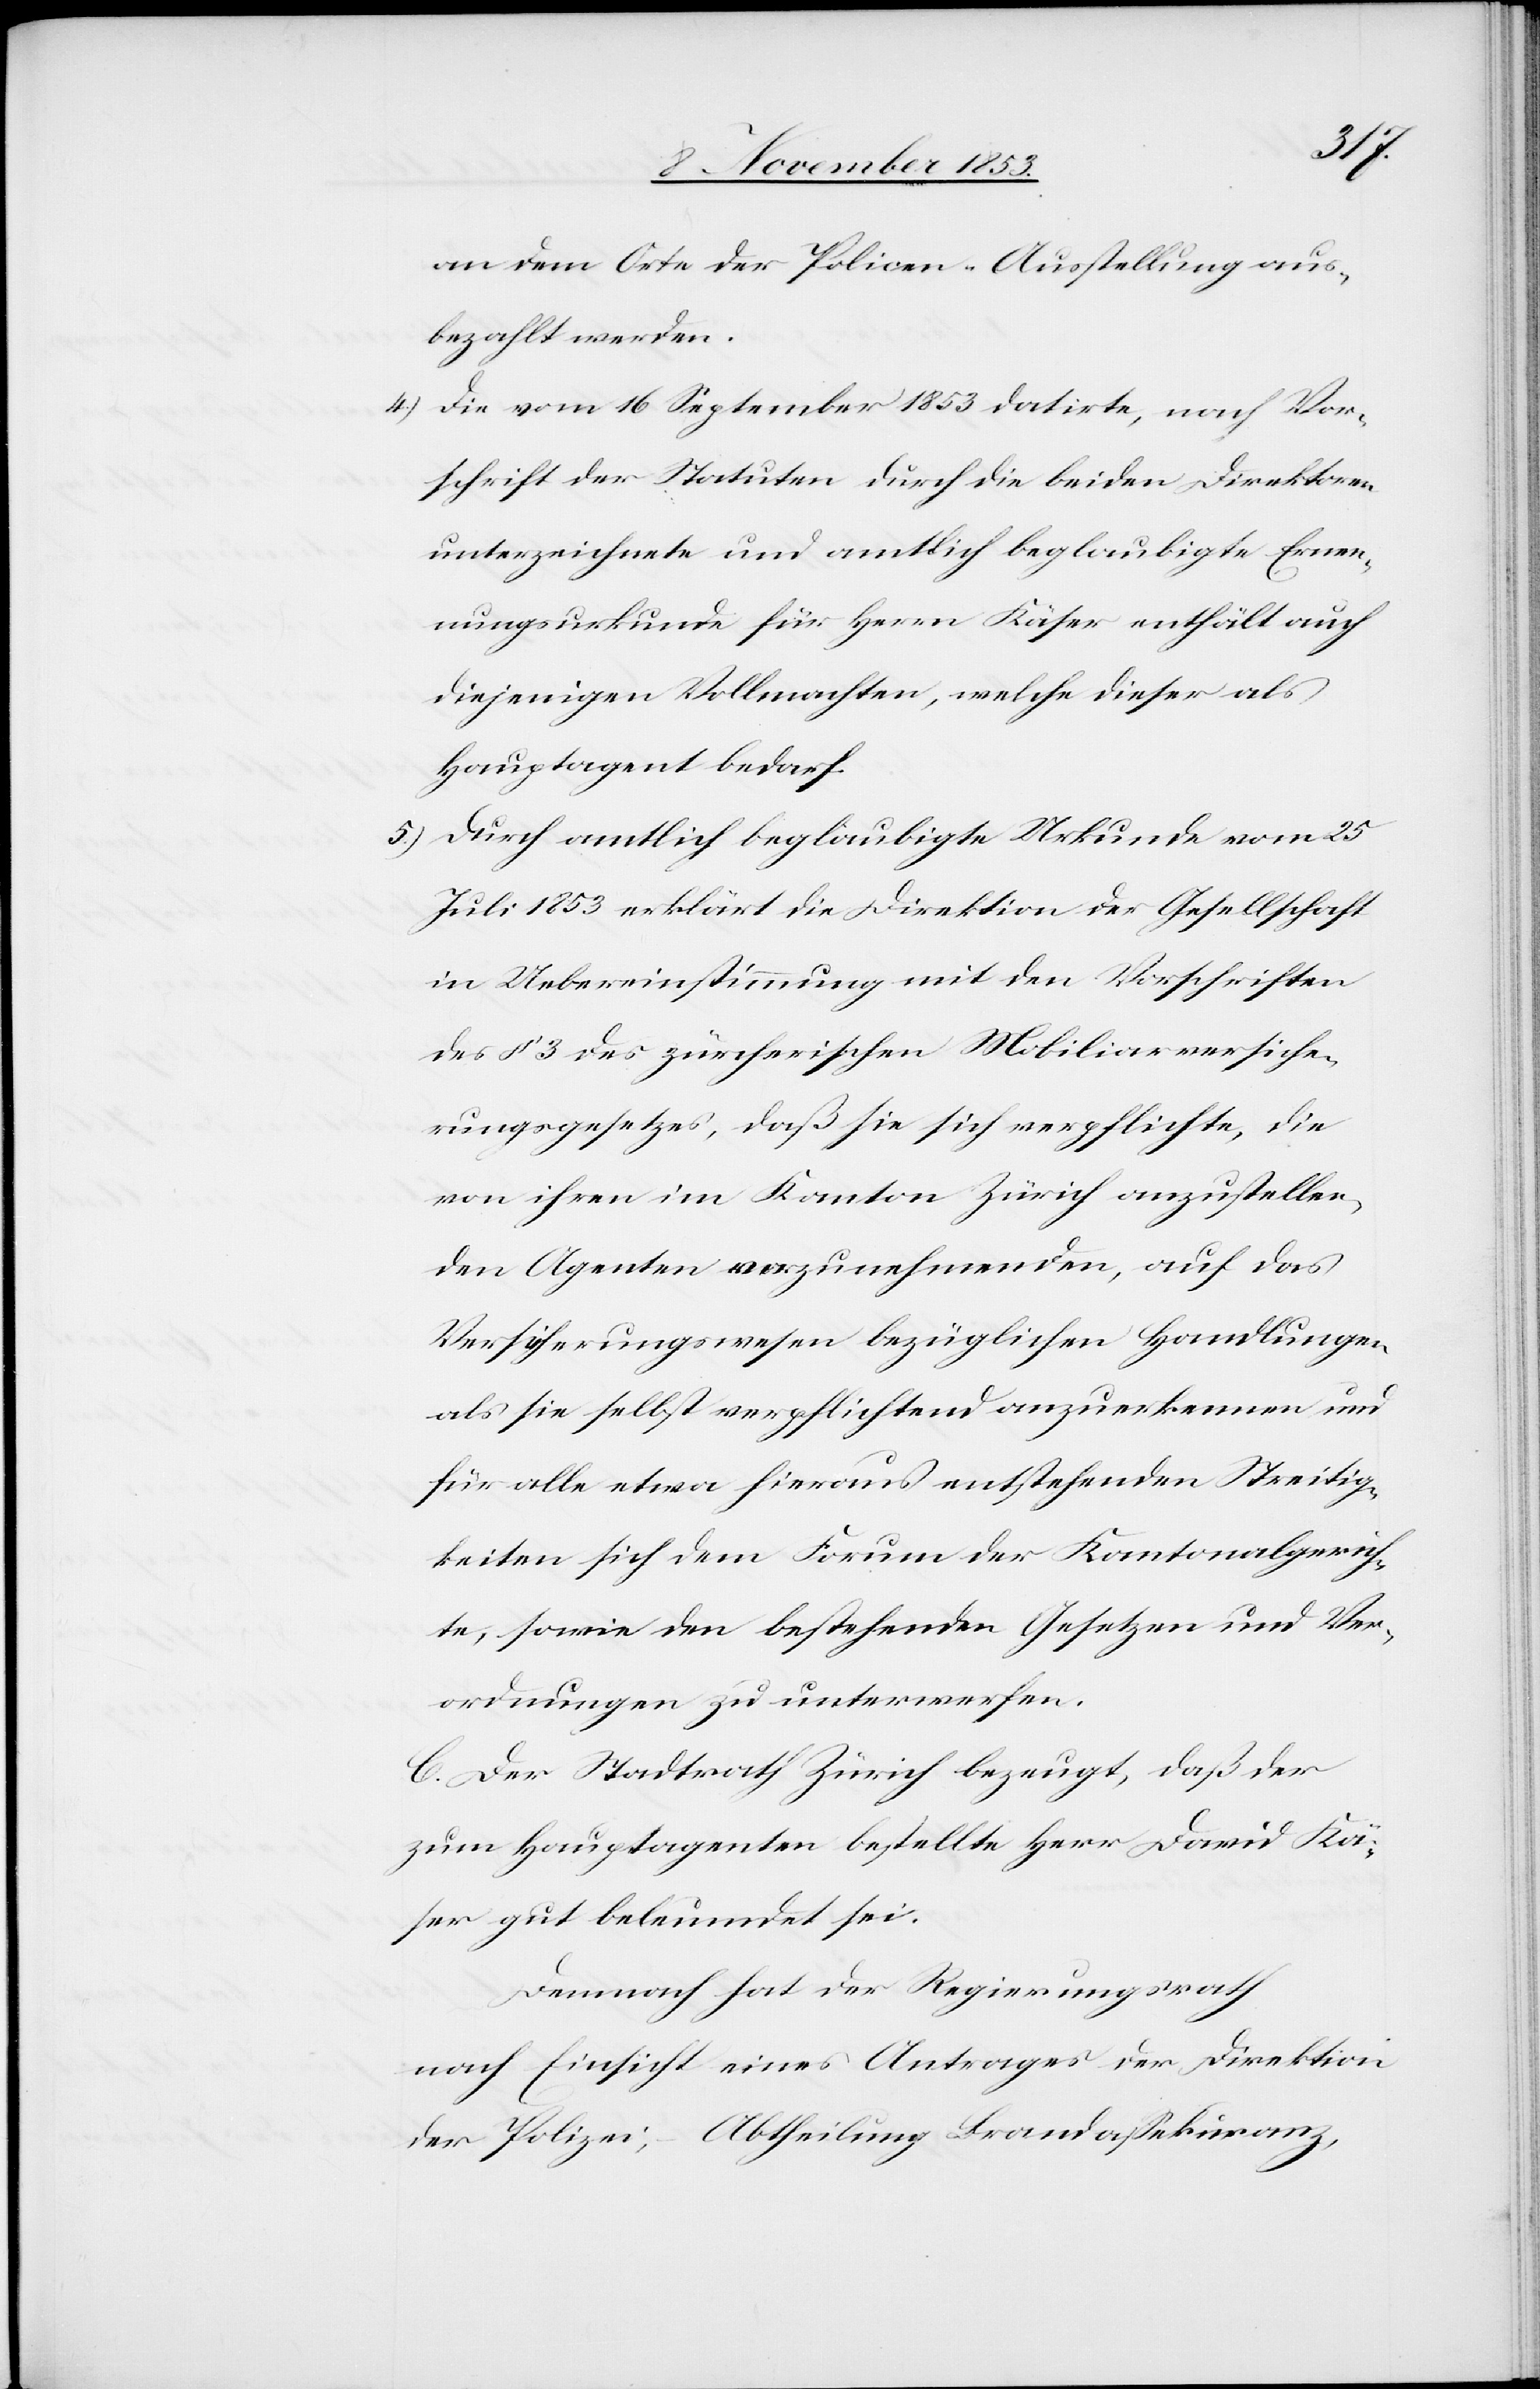
an dem Orte der Policen-Ausstellung aus¬
bezahlt werden.
4.) Die vom 16 September 1853 datirte, nach Vor¬
schrift der Statuten durch die beiden Direktoren
unterzeichnete und amtlich beglaubigte Ernen¬
nungsurkunde für Herrn Käser enthält auch
diejenigen Vollmachten, welche dieser als
Hauptagent bedarf.
5.) Durch amtlich beglaubigte Urkunde vom 25
Juli 1853 erklärt die Direktion der Gesellschaft
in Uebereinstimmung mit den Vorschriften
des § 3 des zürcherischen Mobiliarversiche¬
rungsgesetzes, daß sie sich verpflichte, die
von ihren im Kanton Zürich anzustellen¬
den Agenten vorzunehmenden, auf das
Versicherungswesen bezüglichen Handlungen
als sie selbst verpflichtend anzuerkennen und
für alle etwa hieraus entstehenden Streitig¬
keiten sich dem Forum der Kantonalgerich¬
te, sowie den bestehenden Gesetzen und Ver¬
ordnungen zu unterwerfen.
C. Der Stadtrath Zürich bezeugt, daß der
zum Hauptagenten bestellte Herr David Kä¬
ser gut beleumdet sei.
Demnach hat der Regierungsrath
nach Einsicht eines Antrages der Direktion
der Polizei, – Abtheilung Brandaßekuranz,